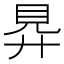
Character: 𧠋